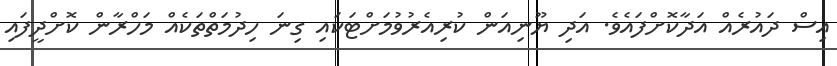
އިސް ދައުރެއް އަދާކޮށްފައެވެ. އަދި ޔޫނިއަން ކުރިއެރުވުމަށްޓަކައި ގިނަ ހިދުމަތްތަކެއް މަހްރާން ކޮށްދީފައި